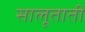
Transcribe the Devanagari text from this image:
सालूताती